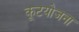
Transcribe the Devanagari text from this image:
कूटयोजना